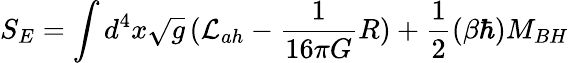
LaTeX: S_{E}=\int d^{4}x\sqrt{g}\, ({\cal L}_{ah}-{\frac{1}{16\pi G}}R)+{\frac{1}{2}}(\beta\hbar)M_{BH}